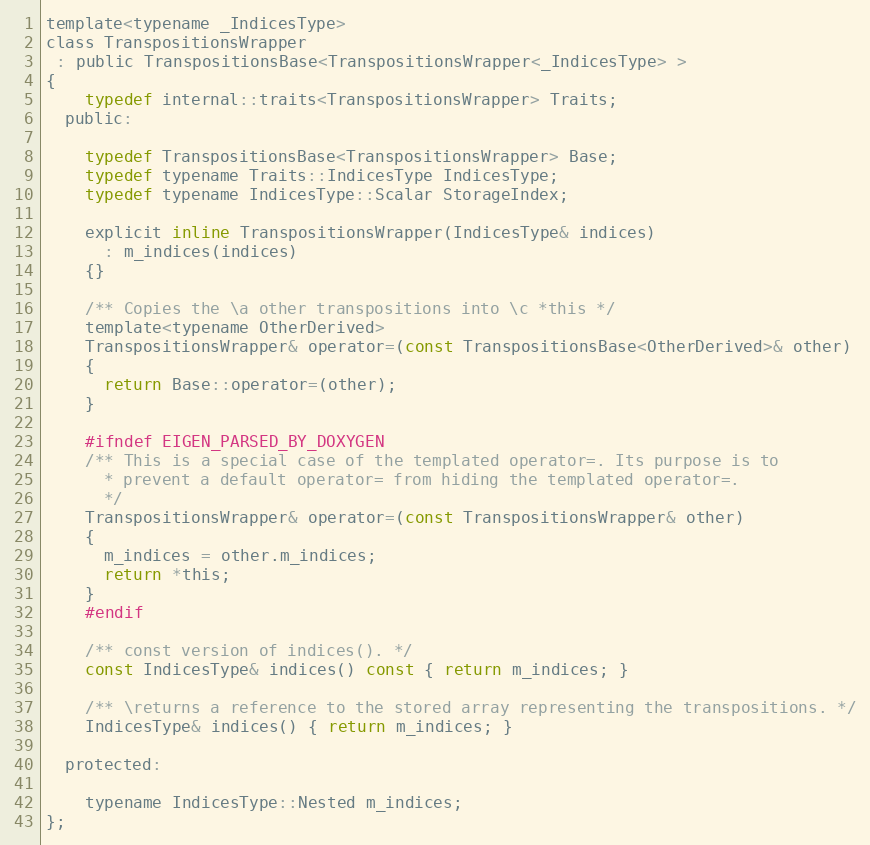
Language: C
template<typename _IndicesType>
class TranspositionsWrapper
 : public TranspositionsBase<TranspositionsWrapper<_IndicesType> >
{
    typedef internal::traits<TranspositionsWrapper> Traits;
  public:

    typedef TranspositionsBase<TranspositionsWrapper> Base;
    typedef typename Traits::IndicesType IndicesType;
    typedef typename IndicesType::Scalar StorageIndex;

    explicit inline TranspositionsWrapper(IndicesType& indices)
      : m_indices(indices)
    {}

    /** Copies the \a other transpositions into \c *this */
    template<typename OtherDerived>
    TranspositionsWrapper& operator=(const TranspositionsBase<OtherDerived>& other)
    {
      return Base::operator=(other);
    }

    #ifndef EIGEN_PARSED_BY_DOXYGEN
    /** This is a special case of the templated operator=. Its purpose is to
      * prevent a default operator= from hiding the templated operator=.
      */
    TranspositionsWrapper& operator=(const TranspositionsWrapper& other)
    {
      m_indices = other.m_indices;
      return *this;
    }
    #endif

    /** const version of indices(). */
    const IndicesType& indices() const { return m_indices; }

    /** \returns a reference to the stored array representing the transpositions. */
    IndicesType& indices() { return m_indices; }

  protected:

    typename IndicesType::Nested m_indices;
};